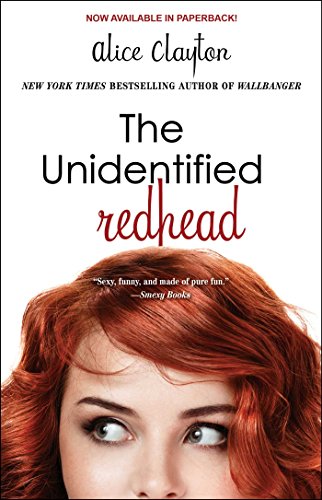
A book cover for The Unidentified Redhead (The Redhead Series); Alice Clayton; Romance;